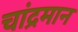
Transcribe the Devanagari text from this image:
चांद्रमान